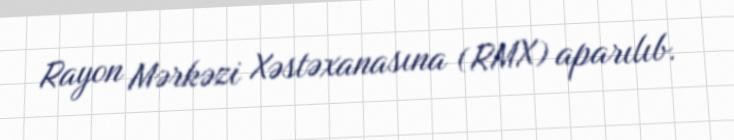
Rayon Mərkəzi Xəstəxanasına (RMX) aparılıb.